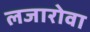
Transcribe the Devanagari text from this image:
लजारोवा